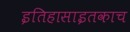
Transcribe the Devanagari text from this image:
इतिहासाइतकाच